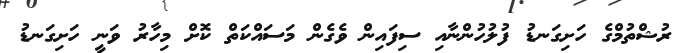
ރުޝްތުމްގެ ހަށިގަނޑު ފުލުހުންނާއި ސިފައިން ވެގެން މަސައްކަތް ކޮށް މިހާރު ވަނީ ހަށިގަނޑު